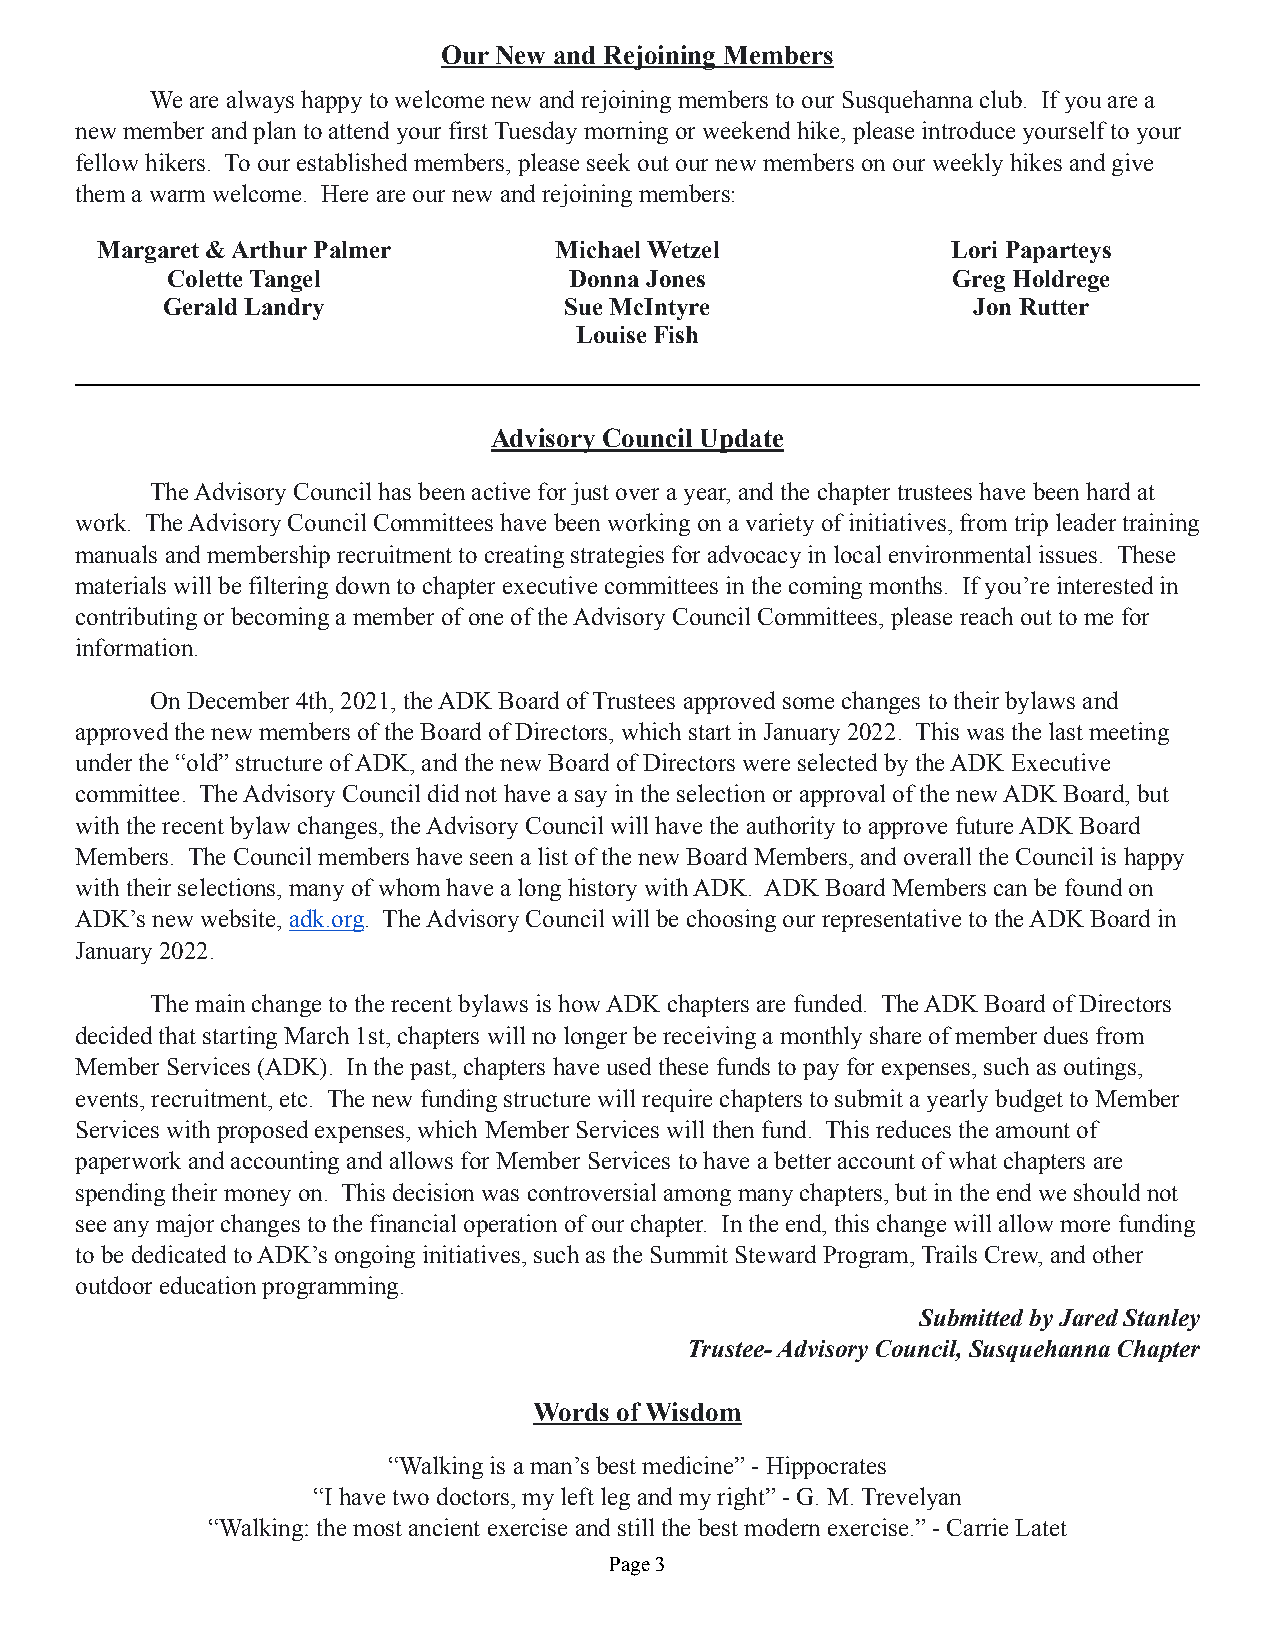
Our New and Rejoining Members
 We are always happy to welcome new and rejoining members to our Susquehanna club. If you are a
 new member and plan to attend your first Tuesday morning or weekend hike, please introduce yourself to your
 fellow hikers. To our established members, please seek out our new members on our weekly hikes and give
 them a warm welcome. Here are our new and rejoining members:
 Margaret & Arthur Palmer       Michael Wetzel            Lori Paparteys
 Colette Tangel             Donna Jones              Greg Holdrege
 Gerald Landry             Sue McIntyre               Jon Rutter
 Louise Fish
 Advisory Council Update
 The Advisory Council has been active for just over a year, and the chapter trustees have been hard at
 work. The Advisory Council Committees have been working on a variety of initiatives, from trip leader training
 manuals and membership recruitment to creating strategies for advocacy in local environmental issues. These
 materials will be filtering down to chapter executive committees in the coming months. If you’re interested in
 contributing or becoming a member of one of the Advisory Council Committees, please reach out to me for
 information.
 On December 4th, 2021, the ADK Board of Trustees approved some changes to their bylaws and
 approved the new members of the Board of Directors, which start in January 2022. This was the last meeting
 under the “old” structure of ADK, and the new Board of Directors were selected by the ADK Executive
 committee. The Advisory Council did not have a say in the selection or approval of the new ADK Board, but
 with the recent bylaw changes, the Advisory Council will have the authority to approve future ADK Board
 Members. The Council members have seen a list of the new Board Members, and overall the Council is happy
 with their selections, many of whom have a long history with ADK. ADK Board Members can be found on
 ADK’s new website, adk.org. The Advisory Council will be choosing our representative to the ADK Board in
 January 2022.
 The main change to the recent bylaws is how ADK chapters are funded. The ADK Board of Directors
 decided that starting March 1st, chapters will no longer be receiving a monthly share of member dues from
 Member Services (ADK). In the past, chapters have used these funds to pay for expenses, such as outings,
 events, recruitment, etc. The new funding structure will require chapters to submit a yearly budget to Member
 Services with proposed expenses, which Member Services will then fund. This reduces the amount of
 paperwork and accounting and allows for Member Services to have a better account of what chapters are
 spending their money on. This decision was controversial among many chapters, but in the end we should not
 see any major changes to the financial operation of our chapter. In the end, this change will allow more funding
 to be dedicated to ADK’s ongoing initiatives, such as the Summit Steward Program, Trails Crew, and other
 outdoor education programming.
 Submitted by Jared Stanley
 Trustee- Advisory Council, Susquehanna Chapter
 Words of Wisdom
 “Walking is a man’s best medicine” - Hippocrates
 “I have two doctors, my left leg and my right” - G. M. Trevelyan
 “Walking: the most ancient exercise and still the best modern exercise.” - Carrie Latet
 Page 3